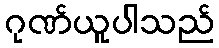
ဂုဏ်ယူပါသည်